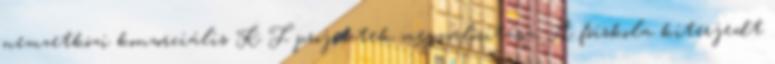
nemzetközi konzorciális K F projektek megvalósítása. A fõiskola kiterjedt